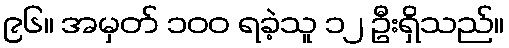
၉၆။ အမှတ် ၁၀၀ ရခဲ့သူ ၁၂ ဦးရှိသည်။